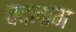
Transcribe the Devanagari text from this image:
वदनाम